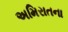
અમિરાતના